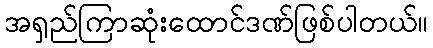
အရှည်ကြာဆုံးထောင်ဒဏ်ဖြစ်ပါတယ်။